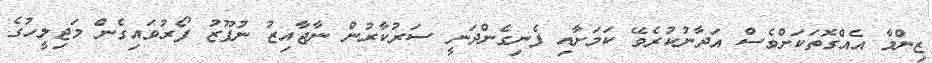
ޒިންމާ އެއްގޮތަކަށްވެސް އަދާނުކުރެވޭ ކަމަށާއި ފެނިގެންދަނީ ސަރުކާރުން ނާޖާއިޒު ނުފޫޒު ފޯރުވައިގެން މަޖިލީހުގެ